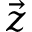
\Vec { z }